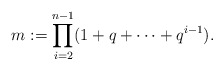
\begin{align*}m := \prod_{i=2}^{n-1} (1 + q + \cdots + q^{i-1}).\end{align*}